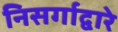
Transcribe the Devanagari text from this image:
निसर्गाद्वारे